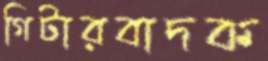
গিটারবাদক